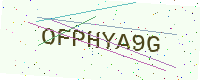
Text: OFPHYA9G